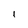
Character: 1